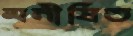
মনীষিত